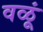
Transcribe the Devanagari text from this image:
वळूं